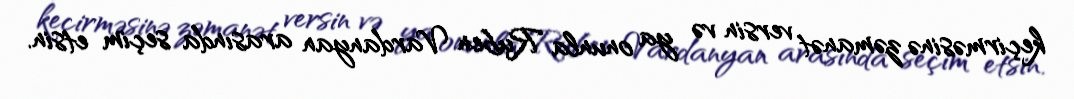
keçirməsinə zəmanət versin və ya onunla Ruben Vardanyan arasında seçim etsin.